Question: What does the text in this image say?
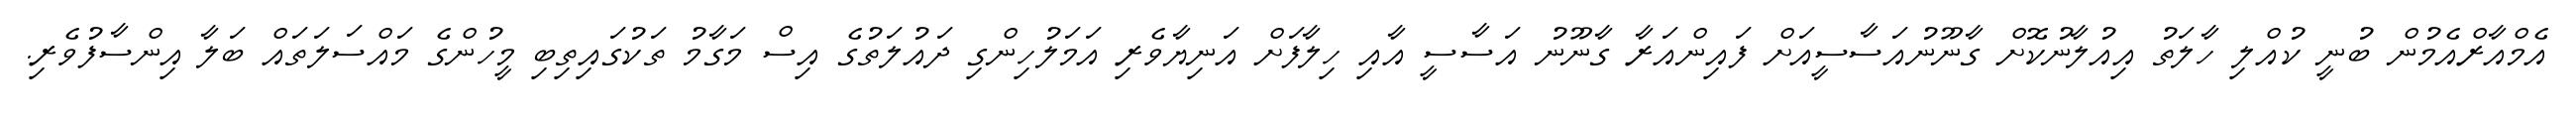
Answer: އެމްއާރްއެމުން ބުނީ ކުއްލި ހާލަތު އިއުލާނުކޮށް ގާނޫނުއަސާސީއަށް ފައިންއަރާ ގާނޫނު އަސާސީ އާއި ހިލާފަށް އަނިޔާވެރި އަމަލުހިންގި ދައުލަތުގެ އިސް މަގާމު ތަކުގައިތިބި މީހުންގެ މައްސަލަތައް ބަލާ އިންސާފުވެރި.